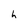
Character: h